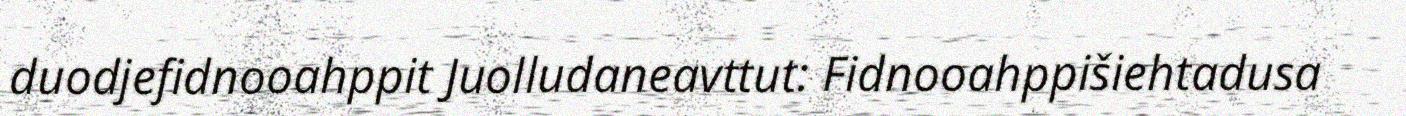
duodjefidnooahppit Juolludaneavttut: Fidnooahppišiehtadusa